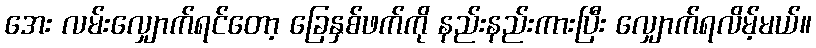
အေး လမ်းလျှောက်ရင်တော့ ခြေနှစ်ဖက်ကို နည်းနည်းကားပြီး လျှောက်ရလိမ့်မယ်။